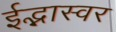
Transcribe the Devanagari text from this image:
ईद्भास्वर